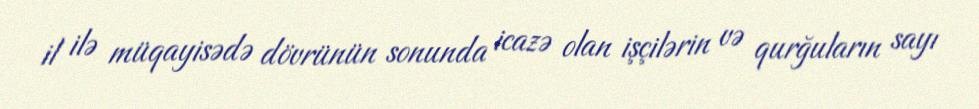
il ilə müqayisədə dövrünün sonunda icazə olan işçilərin və qurğuların sayı